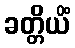
ခတ္တိယိံ